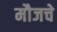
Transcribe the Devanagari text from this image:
मौजचे